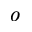
^ { o }